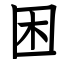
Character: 困